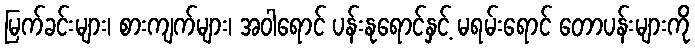
မြက်ခင်းများ၊ စားကျက်များ၊ အဝါရောင် ပန်းနုရောင်နှင့် မရမ်းရောင် တောပန်းများကို